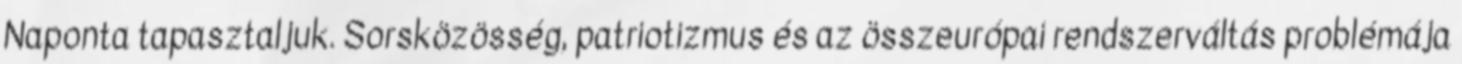
Naponta tapasztaljuk. Sorsközösség, patriotizmus és az összeurópai rendszerváltás problémája